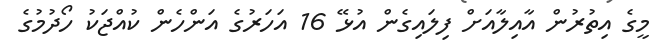
މީގެ އިތުރުން އާއިލާއަށް ފިލައިގެން އުޅޭ 16 އަހަރުގެ އަންހެން ކުއްޖަކު ހޯދުމުގެ